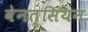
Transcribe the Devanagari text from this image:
वेनत्सियन